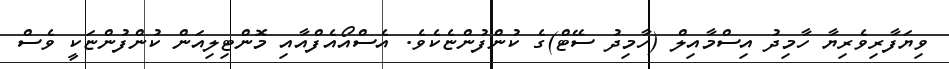
ވިޔަފާރިވެރިޔާ ހާމިދު އިސްމާއިލް (ހާމިދު ސޭޓް)ގެ ކުންފުންޏެކެވެ. އެސްއޯއެފްއާއި މޮންޓިލިއަން ކުންފުންޏަކީ ވެސް